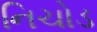
નિચોડ